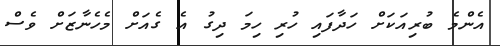
އެންމެ ބުރިއަކަށް ހަދާފައި ހުރި ހިމަ ދިގު އެ ގެއަށް މެހެނާޒަށް ވެސް